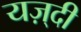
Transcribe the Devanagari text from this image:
यज़्दी